Report on plague in the Punjab from October 1st ... to September 30th ..., being the ... season of plague in the province
Disease focus: Plague
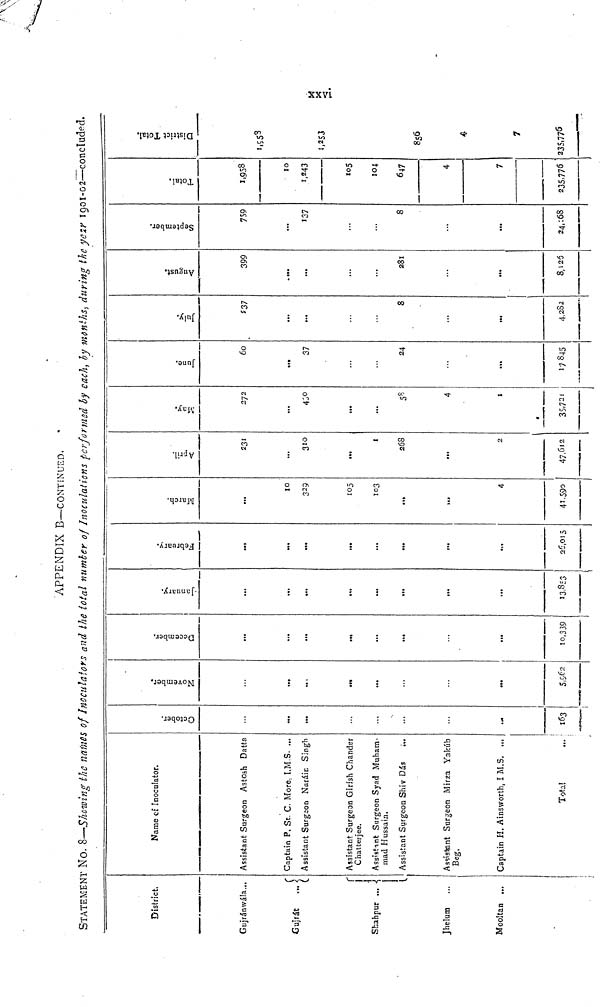
APPENDIX B—CONTINUED.
STATEMENT NO. 8—Showing the names of Incculators and the total number of Inoculations performed by each, by months, during the year 1901-02—concluded.
District.
Gujránwála...
Gujrát
...
Shahpur ...
Jhelum
Mooltan ...
Name of Inoculator.
Assistant Surgeon Astosh Datta
Captain P. St. C. More, I.M S. ...
Assistant Surgeon Naráin Singh
Assistant Surgeon Girish Chander
Chatterjee.
Assistant Surgeon Syad Muham-
mad Hussain.
Assistant Surgeon Shiv
Dás
Assistant Surgeon Mirza Yakúb
Beg.
Captain H. Ainsworth, I M.S. ...
Total
...
October.
...
...
...
163
November.
...
..,
...
5,962
December.
...
...
...
...
10,339
January.
...
...
...
...
• ••
13,853
February.
...
...
...
26,015
March.
10
329
105
103
4
41,590
April.
231
...
310
1
268
2
47,612
May.
272
...
430
...
58
4
1
35,721
June.
60
37
24
...
17845
July.
237
...
8
...
4,282
August.
399
....
...
• ••
281
...
8,126
September.
759
...
137
8
...
24,168
Total.
1,958
10
1,243
105
104
647
4
7
235,776
District Total.
1,958
1,253
856
4
7
235,776
xxvi